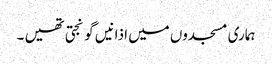
ہماری مسجدوں میں اذانیں گونجتی تھیں ۔